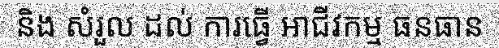
និង សំរួល ដល់ ការធ្វើ អាជីវកម្ម ធនធាន